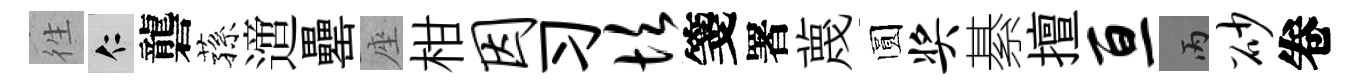
徃仁礱蓀𨗁罍座柑因习坎箋署蔑圆奖綦擅亘丙砂卷